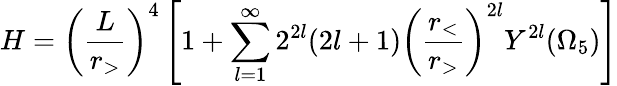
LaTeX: H=\left(\frac{L}{r_{>}}\right)^{4}\left[1+\sum_{l=1}^{\infty}2^{2l}(2l+1)\left(\frac{r_{<}}{r_{>}}\right)^{2l}Y^{2l}(\Omega_{5})\right]